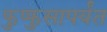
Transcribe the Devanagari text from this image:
फुप्फुसापर्यंत